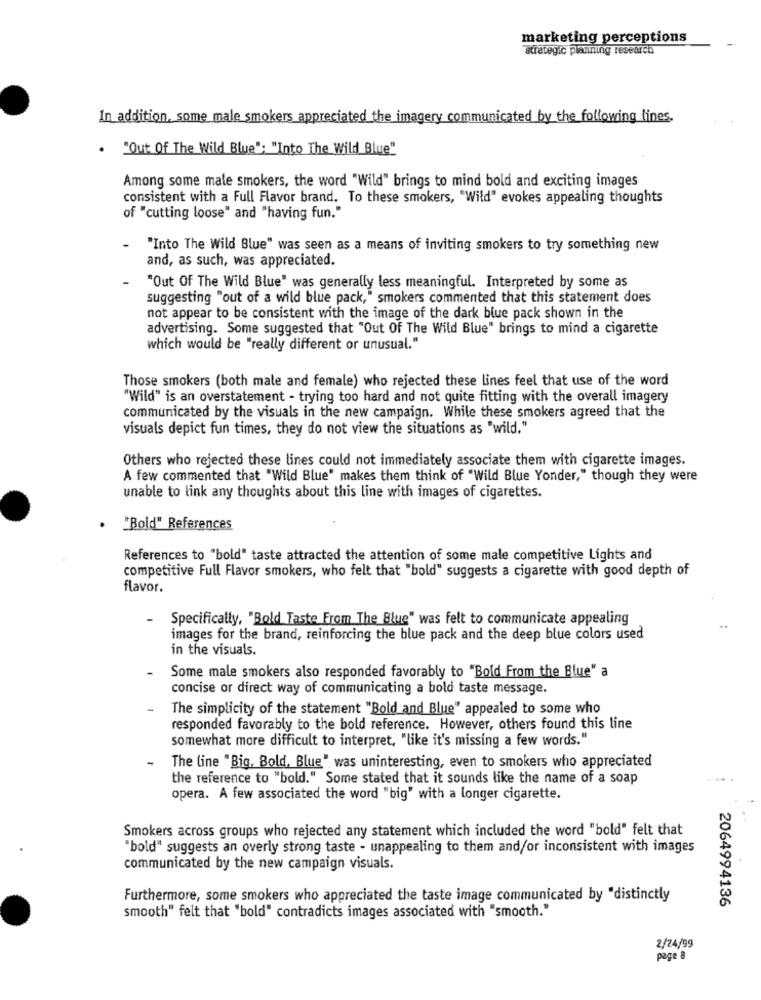
marketing perceptions
strategic planning research
In addition, some male smokers appreciated the imagery communicated by the following lines.
. "Out Of The Wild Blue": "Into The Wild Blue"
Among some male smokers, the word "Wild" brings to mind bold and exciting images
consistent with a Full Flavor brand. To these smokers, "Wild" evokes appealing thoughts
of "cutting loose" and "having fun."
"Into The Wild Blue" was seen as a means of inviting smokers to try something new
and, as such, was appreciated.
"Out Of The Wild Blue" was generally less meaningful. Interpreted by some as
suggesting "out of a wild blue pack," smokers commented that this statement does
not appear to be consistent with the image of the dark blue pack shown in the
advertising. Some suggested that "Out Of The Wild Blue" brings to mind a cigarette
which would be "really different or unusual."
Those smokers (both male and female) who rejected these lines feel that use of the word
"Wild" is an overstatement - trying too hard and not quite fitting with the overall imagery
communicated by the visuals in the new campaign. While these smokers agreed that the
visuals depict fun times, they do not view the situations as "wild."
Others who rejected these lines could not immediately associate them with cigarette images.
A few commented that "Wild Blue" makes them think of "Wild Blue Yonder," though they were
unable to link any thoughts about this line with images of cigarettes.
. "Bold" References
References to "bold" taste attracted the attention of some male competitive Lights and
competitive Full Flavor smokers, who felt that "bold" suggests a cigarette with good depth of
flavor.
-
Specifically, "Bold Taste From The Blue" was felt to communicate appealing
images for the brand, reinforcing the blue pack and the deep blue colors used
in the visuals.
Some male smokers also responded favorably to "Bold From the Blue" a
concise or direct way of communicating a bold taste message.
The simplicity of the statement "Bold and Blue" appealed to some who
responded favorably to the bold reference. However, others found this line
somewhat more difficult to interpret, "like it's missing a few words."
The line "Big, Bold, Blue" was uninteresting, even to smokers who appreciated
the reference to "bold." Some stated that it sounds like the name of a soap
opera. A few associated the word "big" with a longer cigarette.
Smokers across groups who rejected any statement which included the word "bold" felt that
'bold" suggests an overly strong taste - unappealing to them and/or inconsistent with images
communicated by the new campaign visuals.
Furthermore, some smokers who appreciated the taste image communicated by "distinctly
2064994136
smooth" felt that "bold" contradicts images associated with "smooth."
2/24/99
page 8